Civil Veterinary Dept. Assam report 1927-50 - 1927-1950
Year: 1927
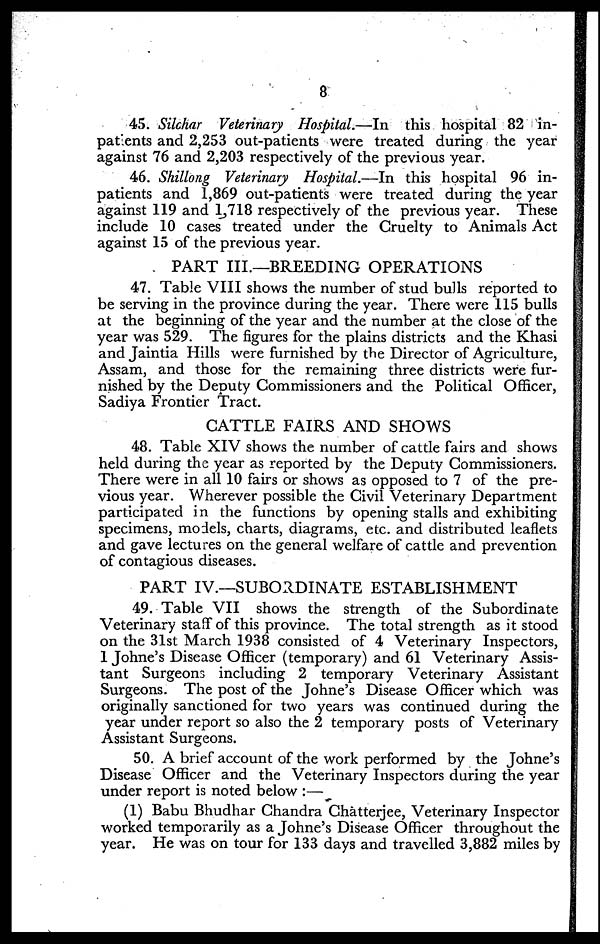
8
45. Silchar Veterinary Hospital.—In this hospital 82 in-
patients and 2,253 out-patients were treated during the year
against 76 and 2,203 respectively of the previous year.
46. Shillong Veterinary Hospital.—In this hospital 96 in-
patients and 1,869 out-patients were treated during the year
against 119 and 1,718 respectively of the previous year. These
include 10 cases treated under the Cruelty to Animals Act
against 15 of the previous year.
PART III.—BREEDING OPERATIONS
47. Table VIII shows the number of stud bulls reported to
be serving in the province during the year. There were 115 bulls
at the beginning of the year and the number at the close of the
year was 529. The figures for the plains districts and the Khasi
and Jaintia Hills were furnished by the Director of Agriculture,
Assam, and those for the remaining three districts were fur-
nished by the Deputy Commissioners and the Political Officer,
Sadiya Frontier Tract.
CATTLE FAIRS AND SHOWS
48. Table XIV shows the number of cattle fairs and shows
held during the year as reported by the Deputy Commissioners.
There were in all 10 fairs or shows as opposed to 7 of the pre-
vious year. Wherever possible the Civil Veterinary Department
participated in the functions by opening stalls and exhibiting
specimens, models, charts, diagrams, etc. and distributed leaflets
and gave lectures on the general welfare of cattle and prevention
of contagious diseases.
PART IV.—SUBORDINATE ESTABLISHMENT
49. Table VII shows the strength of the Subordinate
Veterinary staff of this province. The total strength as it stood
on the 31st March 1938 consisted of 4 Veterinary Inspectors,
1 Johne's Disease Officer (temporary) and 61 Veterinary Assis-
tant Surgeons including 2 temporary Veterinary Assistant
Surgeons. The post of the Johne's Disease Officer which was
originally sanctioned for two years was continued during the
year under report so also the 2 temporary posts of Veterinary
Assistant Surgeons.
50. A brief account of the work performed by the Johne's
Disease Officer and the Veterinary Inspectors during the year
under report is noted below:—
(1) Babu Bhudhar Chandra Chatterjee, Veterinary Inspector
worked temporarily as a Johne's Disease Officer throughout the
year. He was on tour for 133 days and travelled 3,882 miles by